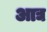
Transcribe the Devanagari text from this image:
अाद्य